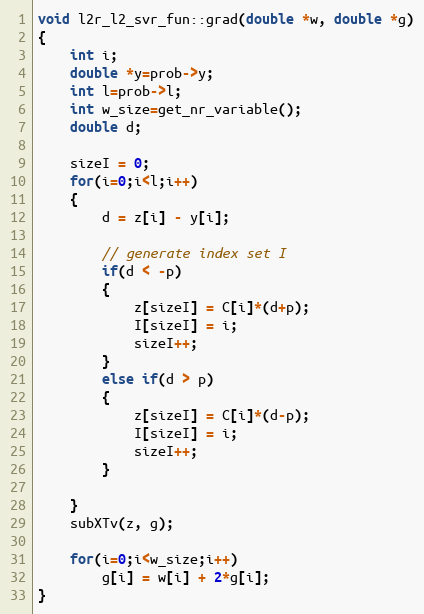
Language: C++
void l2r_l2_svr_fun::grad(double *w, double *g)
{
	int i;
	double *y=prob->y;
	int l=prob->l;
	int w_size=get_nr_variable();
	double d;

	sizeI = 0;
	for(i=0;i<l;i++)
	{
		d = z[i] - y[i];

		// generate index set I
		if(d < -p)
		{
			z[sizeI] = C[i]*(d+p);
			I[sizeI] = i;
			sizeI++;
		}
		else if(d > p)
		{
			z[sizeI] = C[i]*(d-p);
			I[sizeI] = i;
			sizeI++;
		}

	}
	subXTv(z, g);

	for(i=0;i<w_size;i++)
		g[i] = w[i] + 2*g[i];
}